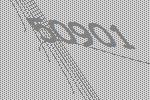
50901